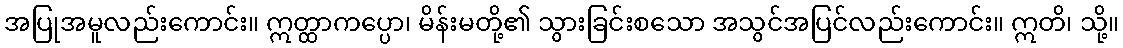
အပြုအမူလည်းကောင်း။ ဣတ္ထာကပ္ပော၊ မိန်းမတို့၏ သွားခြင်းစသော အသွင်အပြင်လည်းကောင်း။ ဣတိ၊ သို့။